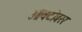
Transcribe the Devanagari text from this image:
ऑक्टोबरर